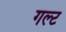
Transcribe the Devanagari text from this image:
गल्ट